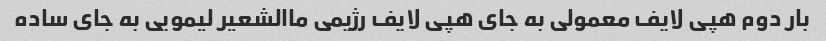
بار دوم هپی لایف معمولی به جای هپی لایف رژیمی ماالشعیر لیمویی به جای ساده